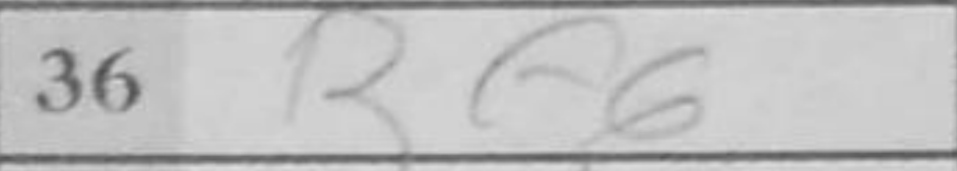
Transcription: Bf6